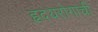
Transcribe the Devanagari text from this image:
हृदयरोगाची